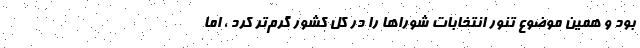
بود و همین موضوع تنور انتخابات شوراها را در کل کشور گرم‌تر کرد ، اما